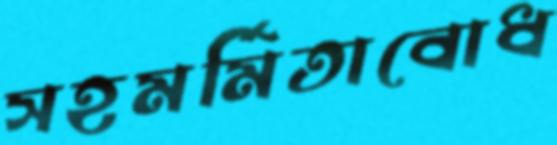
সহমর্মিতাবোধ